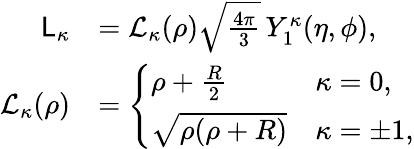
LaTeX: \begin{array}{rl}{\mathsf{L}_{\kappa}}&{=\mathcal{L}_{\kappa}(\rho)\sqrt{\frac{4\pi}{3}}\, Y_{1}^{\kappa}(\eta,\phi),}\\ {\mathcal{L}_{\kappa}(\rho)}&{=\left\{ \begin{array}{ll}{\rho+\frac{R}{2}}&{\kappa=0,}\\ {\sqrt{\rho(\rho+R)}}&{\kappa=\pm 1,}\end{array}\right.}\end{array}